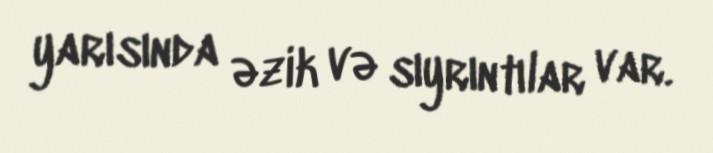
yarısında əzik və sıyrıntılar var.